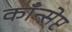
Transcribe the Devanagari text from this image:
काँन्सेप्ट